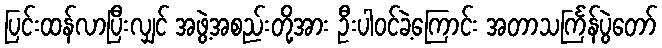
ပြင်းထန်လာပြီးလျှင် အဖွဲ့အစည်းတို့အား ဦးပါဝင်ခဲ့ကြောင်း အတာသင်္ကြန်ပွဲတော်